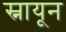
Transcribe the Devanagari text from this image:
स्नायून